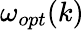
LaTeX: \omega_{opt}(k)